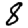
Digit: 8